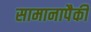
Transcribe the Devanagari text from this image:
सामानापैकी